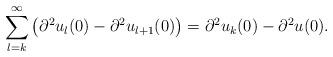
LaTeX: \begin{align*} \sum_{l=k}^{\infty} \left(\partial^2 u_l (0) - \partial^2 u_{l+1} (0)\right) = \partial^2 u_k (0) - \partial^2 u (0).\end{align*}